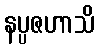
နပ္ပဇဟာသိ